King Institute of Preventive Medicine Micro-Biological Section reports 1909-11
Year: 1909
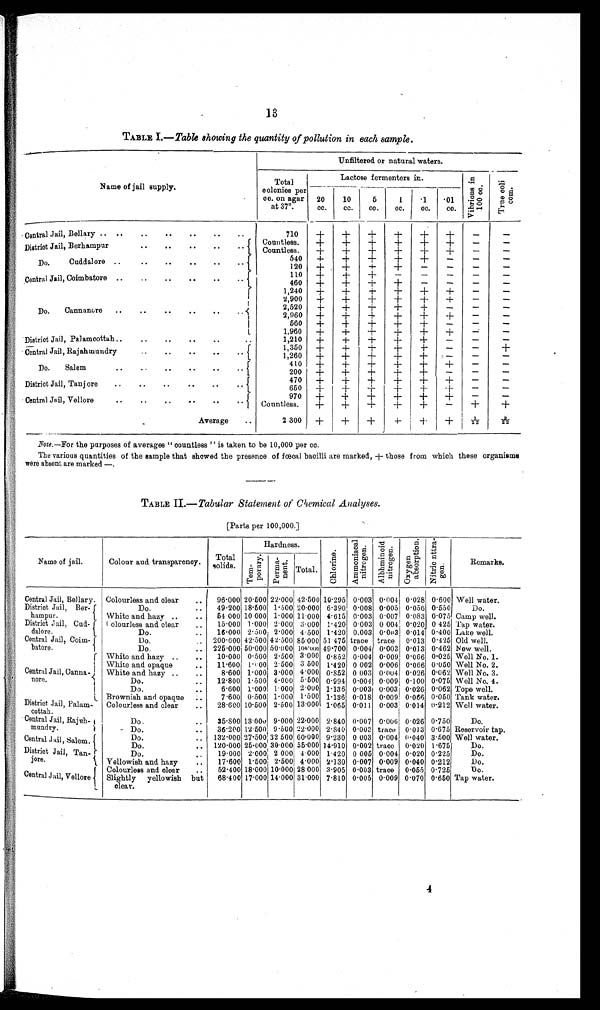
13
TABLE I .—Table showing the quantity of pollution in each sample.
Name of jail supply.
Unfiltered or natural waters.
Total
colonies per
cc. on agar
at 37°.
Lactose fermenters in.
v i b r i o u s i n 1 0 0 c c .
T r u e c o l i c o m .
20
cc.
10
cc.
5
cc.
1
cc.
.1
cc.
.01
cc.
Central Jail, Bellary .. ..
..
..
..
..
..
710
+
+
+
+
+
+
-
-
District Jail, Berhampur
. . . . . . . .
Countless.
+
+
+
+
+
+
-
-
Countless.
+
+
+
+
+
+
-
-
Do.
Cuddalore ..
..
..
..
..
..
540
+
+
+
+
+
-
-
-
120
+
+
+
+
-
-
-
-
Central Jail, Coimbatore ..
..
110
+
+
+
-
-
-
-
-
460
+
+
+
+
-
-
-
-
Do.
Cannanore
. . .. .. . . .
1,240
+
+
+
+
+
+
-
-
2,900
+
+
+
+
+
+
-
-
2,520
+
+
+
+
+
-
-
-
2,960
+
+
+
+
+
+
-
-
560
+
+
+
+
+
-
-
-
1,960
+
+
+
+
+
+
-
-
District Jail, Palamcottah ..
..
..
..
..
1,210 +
+
+
+
+
-
-
-
Central Jail, Rajahmundry
1,350
+
+
+
+
+
-
-
+
1,260
+
+
+
+
+
-
-
-
Do.
Salem
• •
..
..
..
..
410
+
+
+
+
+
+
-
-
200
+
+
+
+
+
-
-
-
District Jail, Tanjore
..
..
..
..
..
..
470
+
+
+
+
+
+
-
-
650
+
+
+
+
+
+
-
-
Central Jail, , Vellore.. • •
• •
. • . • • . •
970 +
+
+
+
+
+
-
-
Countless.
+
+
+
+
+
-
+
+
Average
..
2,300
+
+
+
+ +
+
1 / 2 2
2 / 2 2
Note.—For the purposes of averages " countless " is taken to be 10,000 per cc.
The various quantities of the sample that showed the presence of foecal bacilli are marked, + those from which these organisms
were absent are marked —.
TABLE II .—Tabular Statement of Chemical Analyses.
[Parts per 100,000.]
Name of jail.
Colour aud transparency.
Total
solids
Hardness.
c h l o r i n e .
Ammoni acal ni t rogen
A l b h mi n o i d n i t r o g e n .
Ox y g e n a b s o r p t i o n .
N i t r i o n i t r a - g e n
Remarks.
T e m - p o r a r y
p e r m a -
n e n t
Total.
Central Jail, Bellary. Colourless and clear
..
96·000 20·500 22·000 42·500 10·295 0·003 0·004 0·028 0·600 Well water.
District Jail, Ber-
hampur.
Do.
49·200 18·500 1·500 20·000 6·390 0.008 0·005 0·056 0·550
Do.
White and hazy ..
..
54·000 10·000 1·000 11·000 4·615 0·003 0·007 0·083 0·075 Camp well.
District Jail, Cud
-
dalore.
Colourless and clear
..
15·000 1.000 2.000 3·000 1·420 0·003 0·004 0·020 0·425 Tap water.
Do.
..
16·000 2·500 2·000 4·500 1·420 0.003 0·003 0·014 0·400 Lake well.
Central Jail, Coim
-
batore.
Do.
200·600 42·500 12·500 85·000 51·475 trace trace 0·013 0·425 Old well.
Do.
• • 225·000 50·000 50·000 100·000 49·700 0·004 0·003 0·013 0·462 New well.
Central Jail, Canna-
nore.
White and hazy ..
..
10·000 0·500 2·500 3·000 0·852 0·. 0 0 4 0·009 0·066 0·025 Well No. 1.
White and opaque
..
11·600 1·000 2·500 3·500 1·420 0·002 0·006 0·066 0·050 Well No. 2.
White and hazy ..
..
8·600 1·000 3·000 4·000 0·852 0·003 0·004 0·026 0·062 Well No. 3.
Do.
. . 12·800 1·500 4·000 5·500 0·994 0·004 0·009 0·100 0·075 Well No. 4.
Do.
..
6·600 1·000 1·000 2·000 1·. 1 3 6 0·003 0·003 0·026 0·062 Tope well.
Brownish and opaque ..
7·600 0·500 1·000 1·500 1·136 0·. 0 1 8 0 . 009 0·. 0 6 6 0·050 Tank water.
District Jail, Palam-
cottah.
Colourless and clear
..
28·600 10·500 2·500 13·000 1·065 0·011 0·003 0·014 0·. 2 1 2 Well water.
Central Jail, Rajeh-
mundry.
Do.
..
35·800 13·000 9·000 22·000 2·840 0·007 0·0061 0·026 0·750
Do.
Do.
• •
36·200 12·500 9·500 22·000 2·840 0·002 trace 0·013 0·675 Reservoir tap.
Central Jail, Salem.
Do.
.. 132·000 27·500 32·500 60·000 9·230 0·003 0·004 0·040 3·600 Well water.
Do. • •
120·000 25·000
3 0 · 0 0 0 55·. 0 0 0 11·910 0·002 trace 0·020 1·675
Do.
District Jail, Tan-
jore.
Do.
19·000 2·. 0 0 0 2·000 4·000 1·420 0·005 0·004 0·020 0·225
Do.
Yellowish and hazy
..
17·600 1·500 2·500 4·000 2·130 0·007 0·009 0·040 0·212
Do.
Central Jail, Vellore
Colourless and clear
..
52·400 18·000 10·000 28·000 3·905 0·003 trace 0·055 0·725
Do.
Slightly yellowish but
clear.
68·400 17·000 14·000 31·000 7·810 0·005 0·009 0·070 0·650 Tap water.